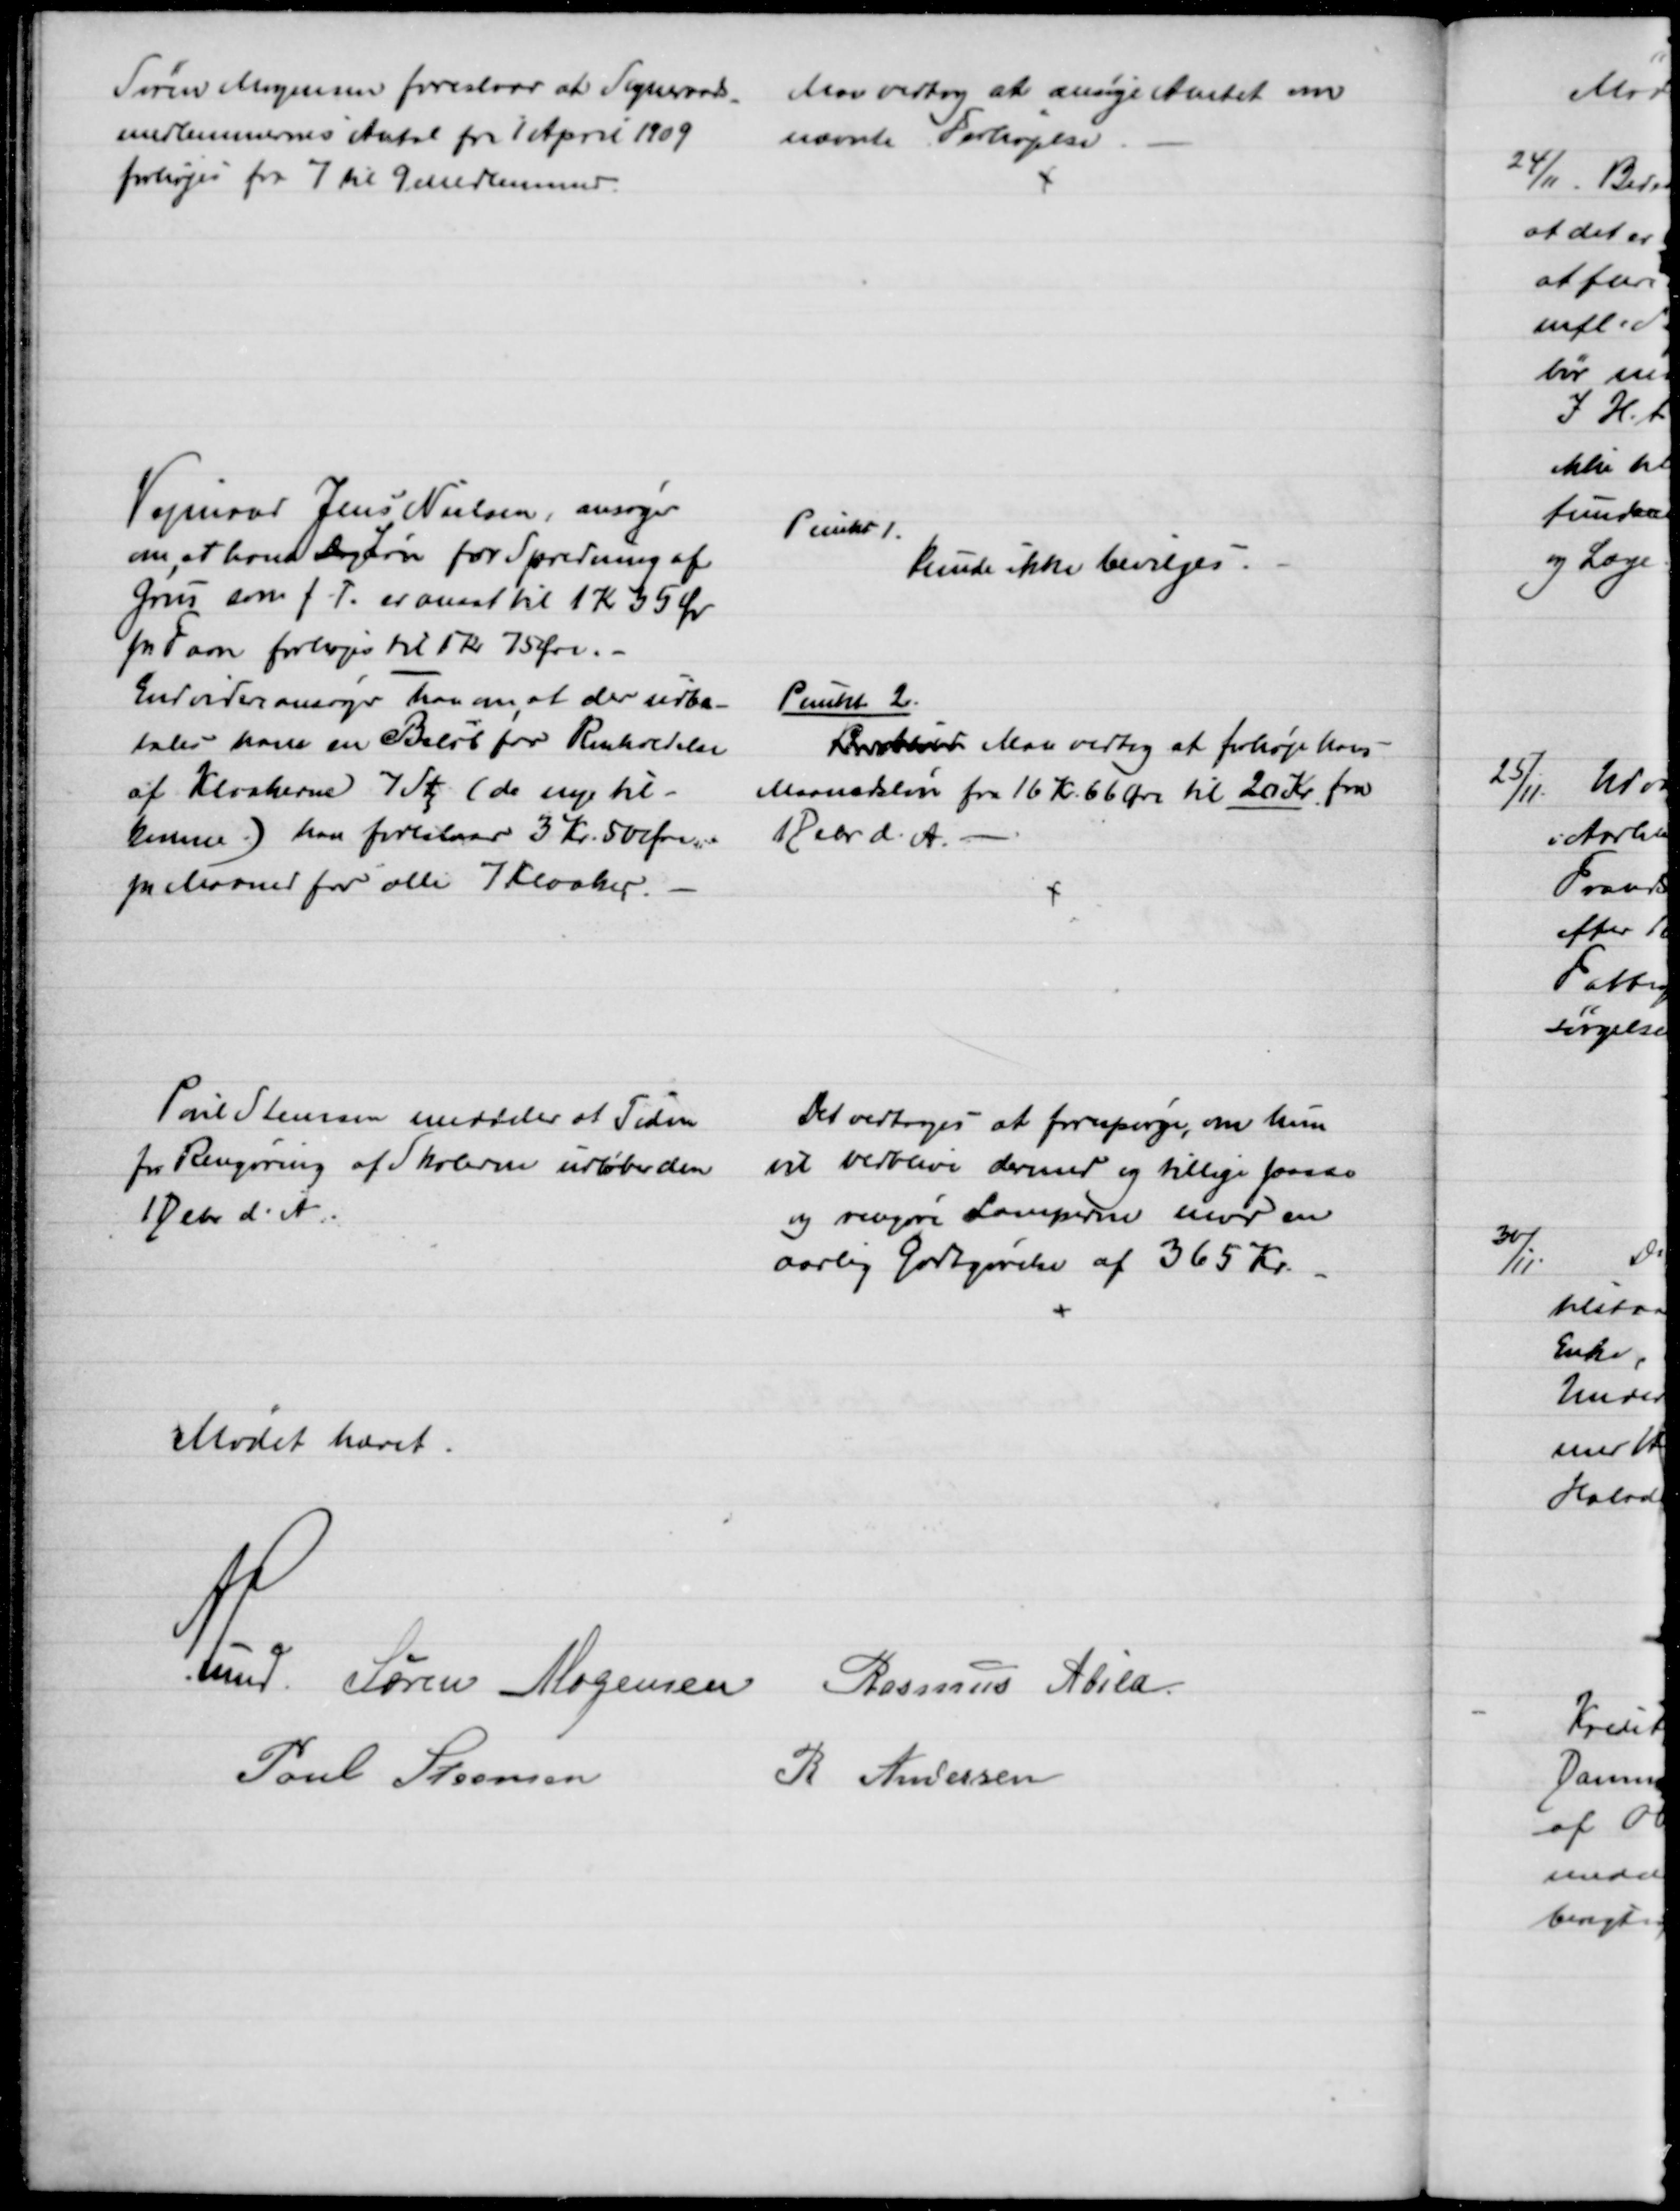
Transskription:
Søren Mogensen foreslaar at Sogneraads
-
medlemmernes Antal fra 1 April 1909 
forhøjes fra 7 til 9 Medlemmer.
Man vedtog at ansøge Amtet om
nævnte Forhøjelse
Vejmand Jens Nielsen, ansøger
om, at hans Dagløn for Spredning af
Grus som f. T. er ansat til 1 Kr 35 Øre
pr. Favn forhøjes til 1 Kr 75 Øre.
Endvidere ansøger han om, at der udbe-
tales ham en Beløb for Renholdelse
af Kloakerne 7 St. (de nye til-
komne) han foreslaar 3 Kr. 50 Øre.
pr Maaned for alle 7 Kloaker
Punkt 1.
kunde ikke bevilges.
Punkt 2.
Brberet Man vedtog at forhøje hans
Maanedsløn fra 16 Kr. 66 Øre til 20 Kr. fra
1 Debr d. A.
Poul Steensen meddeler at Tiden
for Rengøring af Skolerne udløber den
1 Debr d. A.
Det vedtoges at forespørge, om hun
vil vedblive dermed og tillige passe
og rengøre Lamperne mod en
aarlig Godtgørelse af 365 Kr.
Mødet hævet.
A. Lund. Søren Mogensen Rasmus Abild
Poul Steensen
R Andersen